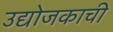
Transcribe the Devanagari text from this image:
उद्योजकाची